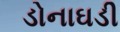
ડોનાઘડી